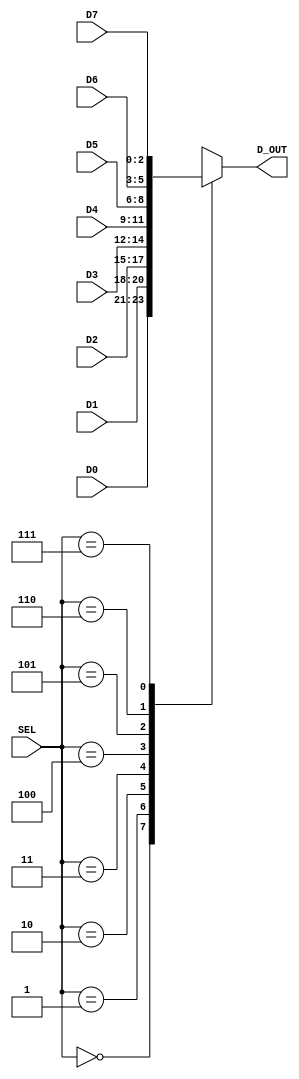
`timescale 1ns / 1ps
`default_nettype none

//////////////////////////////////////////////////////////////////////////////////
// Company: Ratner Surf Designs
// 
// Design Name: 
// Module Name: mux_4t1_nb
// Project Name: 
// Target Devices: 
// Tool Versions: 
// Description: 8:1 MUX with parametized data widths
//
//  USEAGE: (for 4-bit data instantiation)
//
//  mux_8t1_nb  #(.n(4)) my_8t1_mux  (
//       .SEL   (xxxx), 
//       .D0    (xxxx), 
//       .D1    (xxxx), 
//       .D2    (xxxx), 
//       .D3    (xxxx),
//       .D4    (xxxx),
//       .D5    (xxxx),
//       .D6    (xxxx),
//       .D7    (xxxx),
//       .D_OUT (xxxx) );  
// 
// Dependencies: 
// 
// Revision History:
// Revision 1.00 - File Created: 11-04-2018
//          1.01 - switched to default sensitivity list
//          1.02 - (11-24-2019) added macros; edited format
//          1.03 - (12-08-2020) fixed parameter, removed case default
//
// Additional Comments:
// 
//////////////////////////////////////////////////////////////////////////////////

   
 module mux_8t1_nb #(parameter n=3) (
       input wire [2:0] SEL, 
       input wire [n-1:0] D0, 
       input wire [n-1:0] D1,
       input wire [n-1:0] D2,
       input wire [n-1:0] D3,
       input wire [n-1:0] D4,
       input wire [n-1:0] D5, 
       input wire [n-1:0] D6, 
       input wire [n-1:0] D7, 
       output reg [n-1:0] D_OUT  );  
       
	   // n is default data width
       
       always @(*)
       begin 
          case (SEL)
		     0:  D_OUT = D0;
		     1:  D_OUT = D1;
		     2:  D_OUT = D2;
		     3:  D_OUT = D3;
		     4:  D_OUT = D4;
		     5:  D_OUT = D5;
		     6:  D_OUT = D6;
		     7:  D_OUT = D7;
			 //default: D_OUT = 0; 
		  endcase 
       end
                
endmodule

`default_nettype wire